Report on vaccination proceedings throughout the Government of Bengal -
Year: 1868
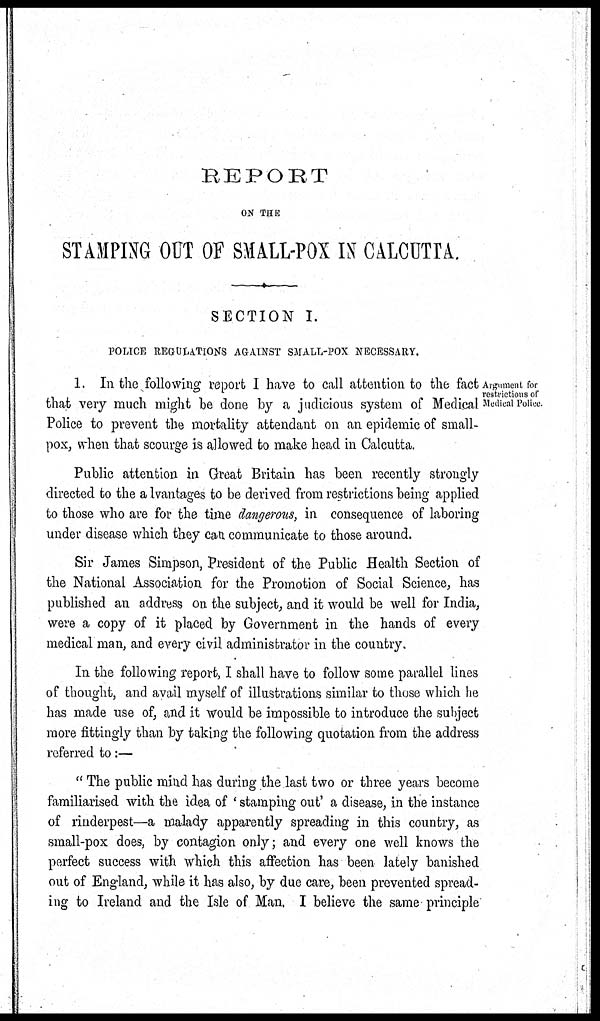
REPORT
ON THE
STAMPING OUT OF SMALL-POX IN CALCUTTA.
SECTION I.
POLICE REGULATIONS AGAINST SMALL-POX NECESSARY.
Argument for
restrictions of
Medical Police
1. In the following report I have to call attention to the fact
that very much might be done by a judicious system of Medical
Police to prevent the mortality attendant on an epidemic of small-
pox, when that scourge is allowed to make head in Calcutta.
Public attention in Great Britain has been recently strongly
directed to the advantages to be derived from restrictions being applied
to those who are for the time dangerous, in consequence of laboring
under disease which they can communicate to those around.
Sir James Simpson, President of the Public Health Section of
the National Association for the Promotion of Social Science, has
published an address on the subject, and it would be well for India,
were a copy of it placed by Government in the hands of every
medical man, and every civil administrator in the country.
In the following report, I shall have to follow some parallel lines
of thought, and avail myself of illustrations similar to those which he
has made use of, and it would be impossible to introduce the subject
more fittingly than by taking the following quotation from the address
referred to:—
" The public mind has during the last two or three years become
familiarised with the idea of ' stamping out' a disease, in the instance
of rinderpest—a malady apparently spreading in this country, as
small-pox does, by contagion only; and every one well knows the
perfect success with which this affection has been lately banished
out of England, while it has also, by due care, been prevented spread-
ing to Ireland and the Isle of Man. I believe the same principle